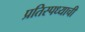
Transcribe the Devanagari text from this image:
प्रतिस्पध्याची